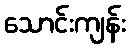
သောင်းကျန်း